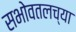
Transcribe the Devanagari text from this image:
सभोवतलच्या